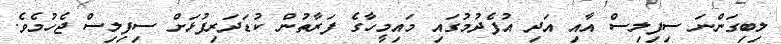
ލިބިގަންނަ ސިފިލިސް އާއި އަދި އުފެދުމުގައި މައިމީހާގެ ފަރާތުން ކުޑަދަރިފުޅަށް ސިފިލިސް ޖެހުމެވެ.